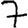
Digit: 7